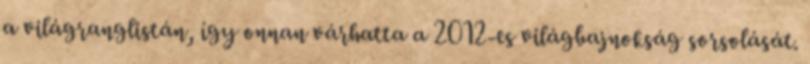
a világranglistán, így onnan várhatta a 2012-es világbajnokság sorsolását.